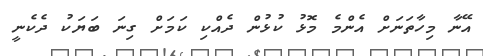
އޭނާ މިހާތަނަށް އެންމެ މޮޅު ކުޅުން ދެއްކި ކަމަށް ގިނަ ބަޔަކު ދެކެނީ